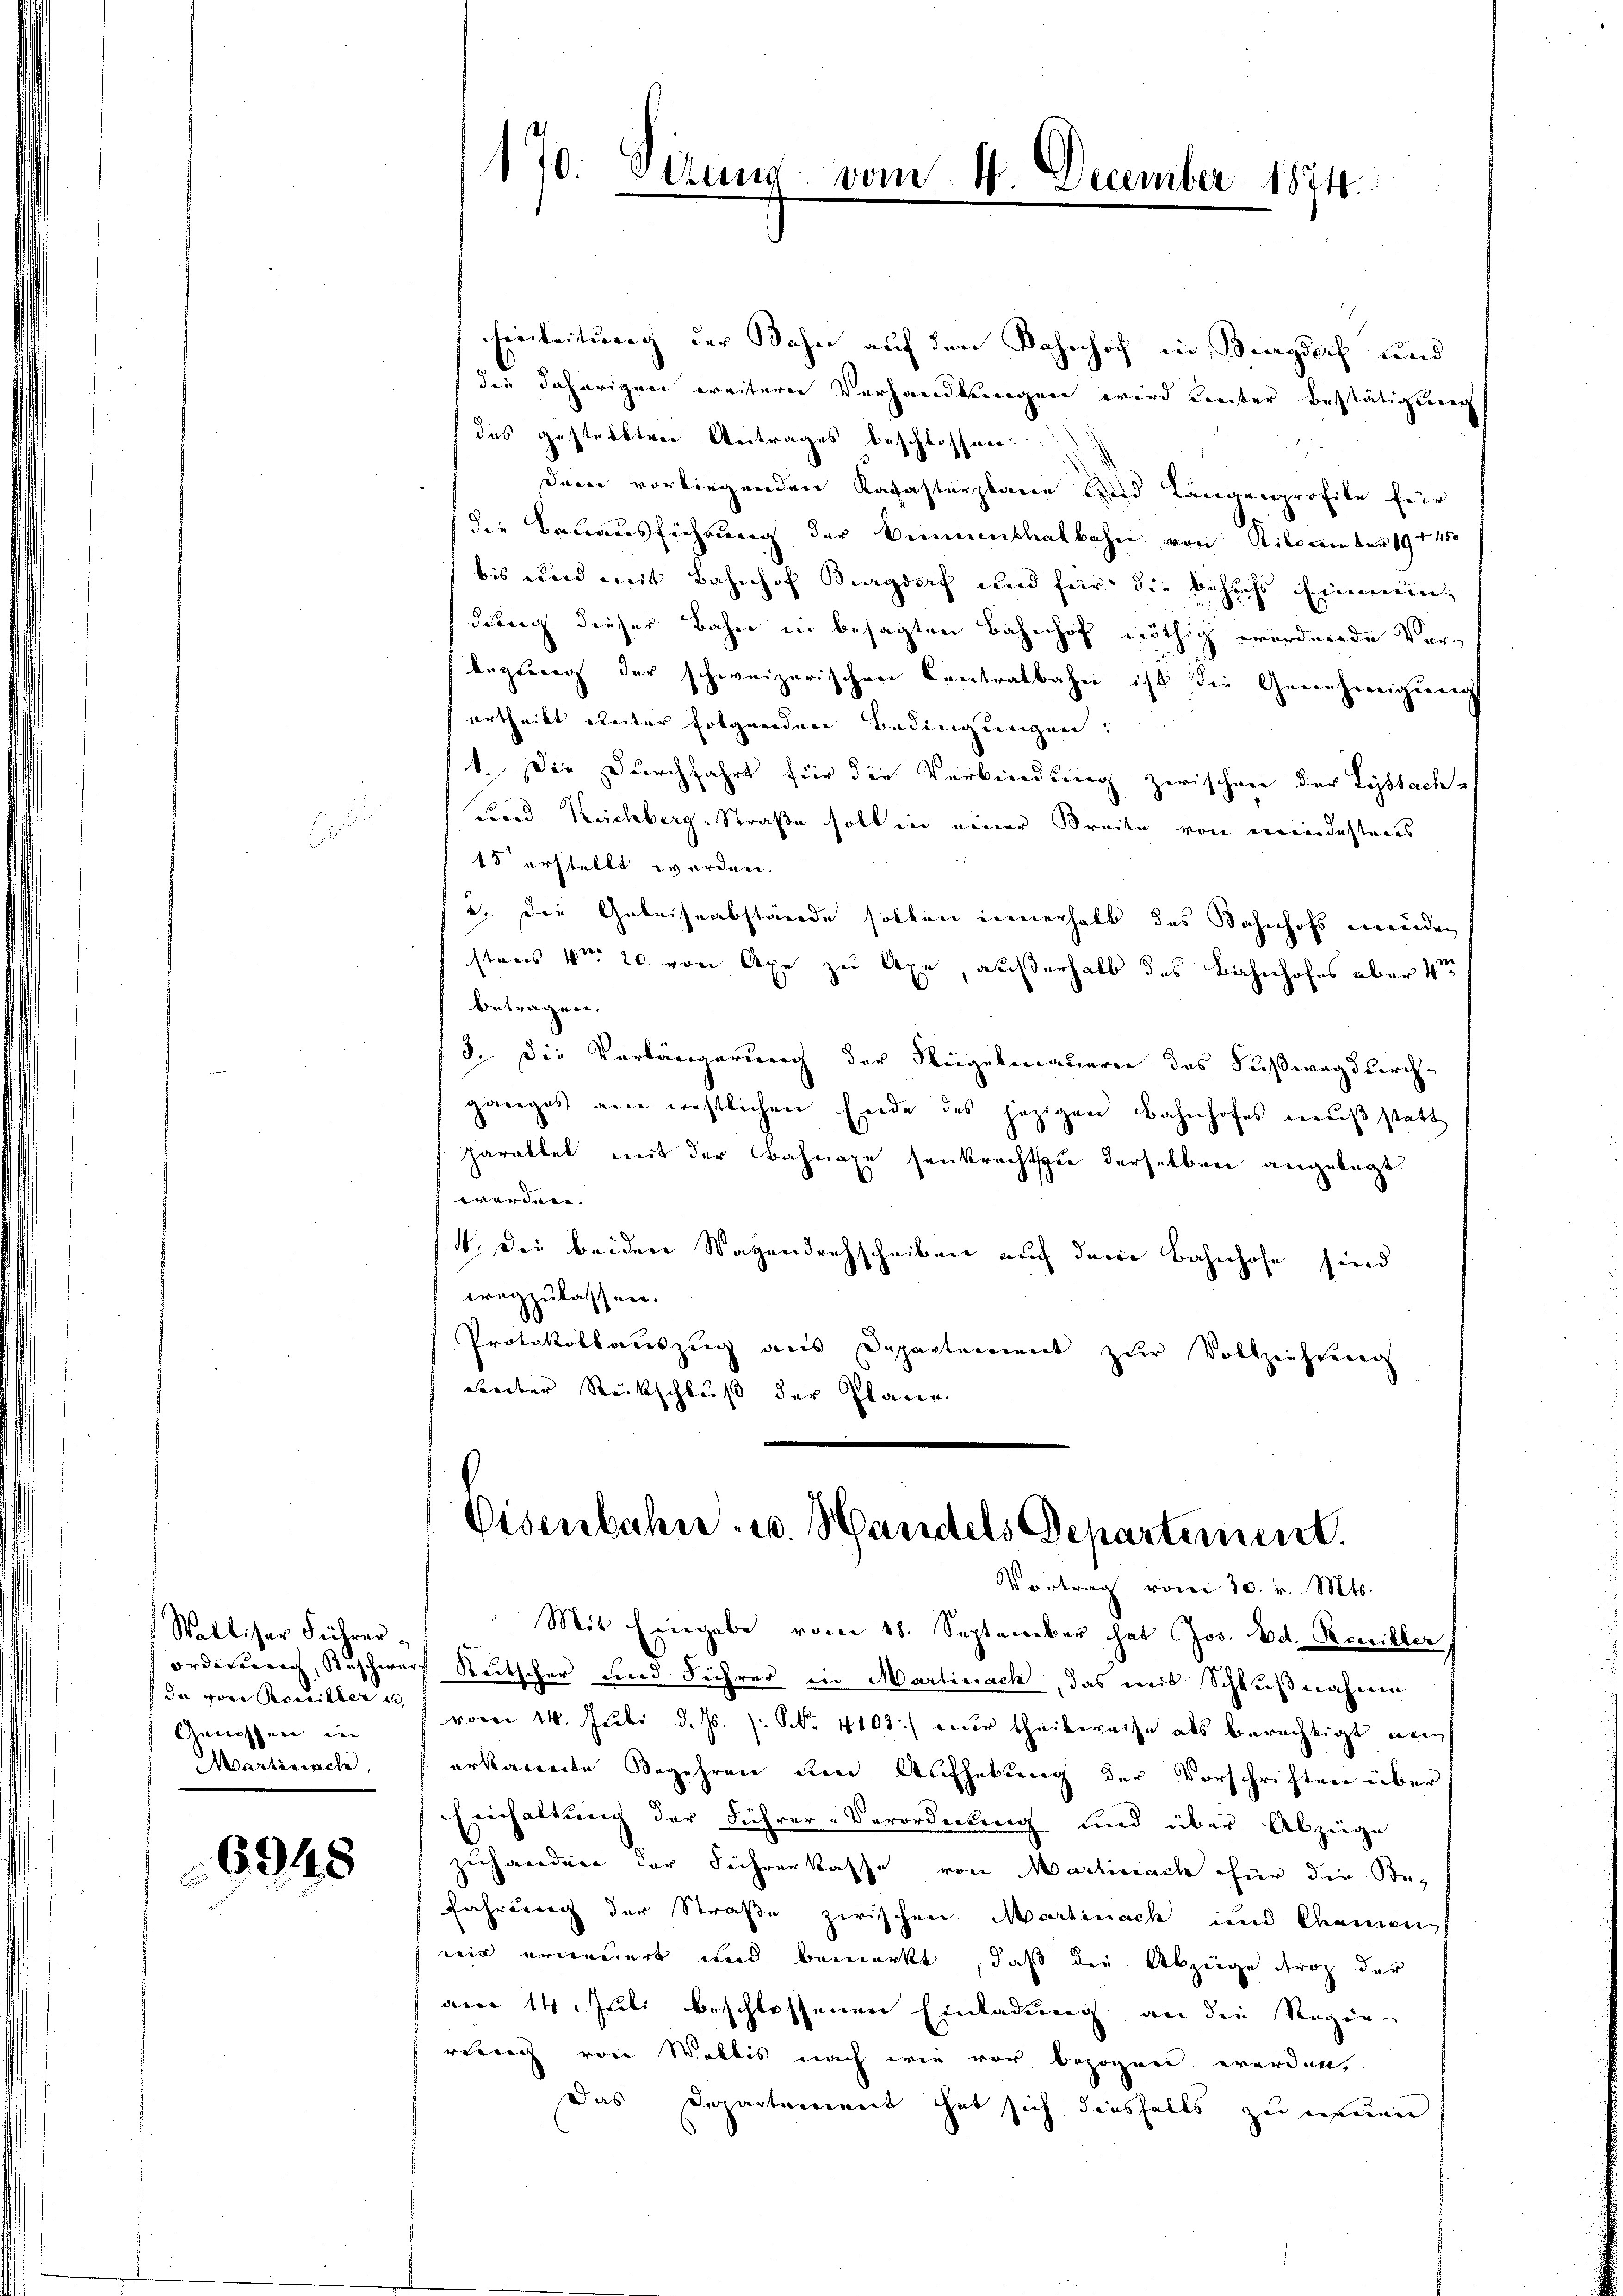
¬

Walliser Führerda von Reveiller is
Genossene in
Martinach

6948

170. Dirung vom 14. December 1874.

Einleitung der Bahn auf den Bahnhof in Burgdorf und
die daherigen weitern Verhandlungen wird Center bestätigung
das gestellten Antrages beschlossen.
dem vorliegenden Katasterplane und Längenprofile für
die Bauausführung der Binnenthalbahn, von Nikommeter 191400
bis und mit Bahnhof Burgdorf und für die behufs Einmündung dieser Bahn in besagten Bahnhof nöthig werdende Verlegung der schweizerischen Centralbahn ist die Genehmigung
urtheilt Reiter folgenden Bedingungen,
1. Die Durchfahrt für die Verbindung zwischen der Lyssach-
Land Reichberg-Straße soll in einer Breite von meindesteres
15 erstellt werden.
b. die Geleiseabstände sollen innerhalt das Bahnhofs einenden
stens 4ten 20. von Axe zu Axe, außerhalb des Bahnhofes aber 1ten
betragen.
3. Die Verlängerung der Flügelmauern des Fußweg durch-
ganges am westlichen Ende des jezigen Bahnhofes enŭβ statt
parattet mit der Bahnaxe senkrechtspie derselben angelegt
werden.
4. Die beiden Wagendrechscheiben auf dem Bahnhofe sind
wregzulassen.
Protokollauszug aus Departement zŭr Vollziehung
Freiter Rückschluß der Pfarr

Eisenbahn u. Handels Departement.
Vortrag vom 30. v. Mts.

Mit Eingabe vom 18. September hat Jos. Ed. Bewiller,
orderung, Rüschwarf Reitscher und Führer in Martinach, das mit Schlußnahme
vom 14. Juli d. Js. s. S. 4103) nur theilweise als berechtigt wei
erkannte Begehren um Aufhebung der Vorschriften über
Einhaltung der Führer-Verordnung und über Abzüge
zuhanden der Führerkasse von Martinach für die Sefahrung der Straße zwischen Martinach und Chemien
wir erneuert und bemerkt, daß die Abzüge trag der
anr 14. Juli beschlossenen Einladung an die Regie-
reinig von Wallis nach wie vor bezogen werden,
Das Departement hat sich diesfalls zu neuen